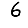
Digit: 6